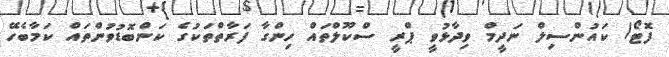
ފޮޓޯ/ ކައުންސިލް ނަދީމް ވިދާޅުވީ ޕްރީ ސްކޫލްތައް ހިންގާ ފަރާތްތަކުގެ ކަންބޮޑުވުންތައް ކަމާބެހޭ